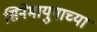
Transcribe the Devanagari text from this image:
सिनेमायुगाच्या